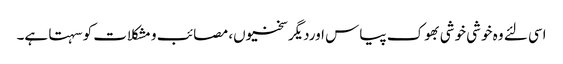
اسی لئے وہ خوشی خوشی بھوک پیاس اوردیگرسختیوں، مصائب و مشکلات کو سہتا ہے۔